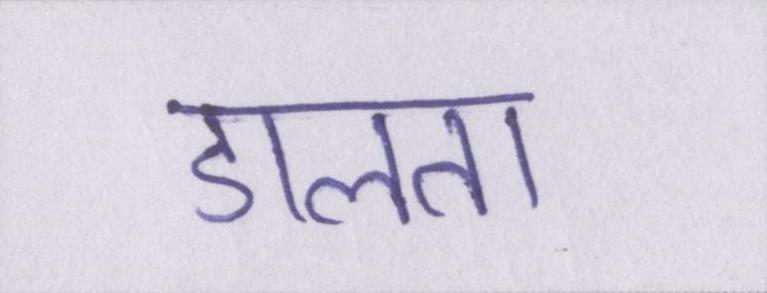
डालता